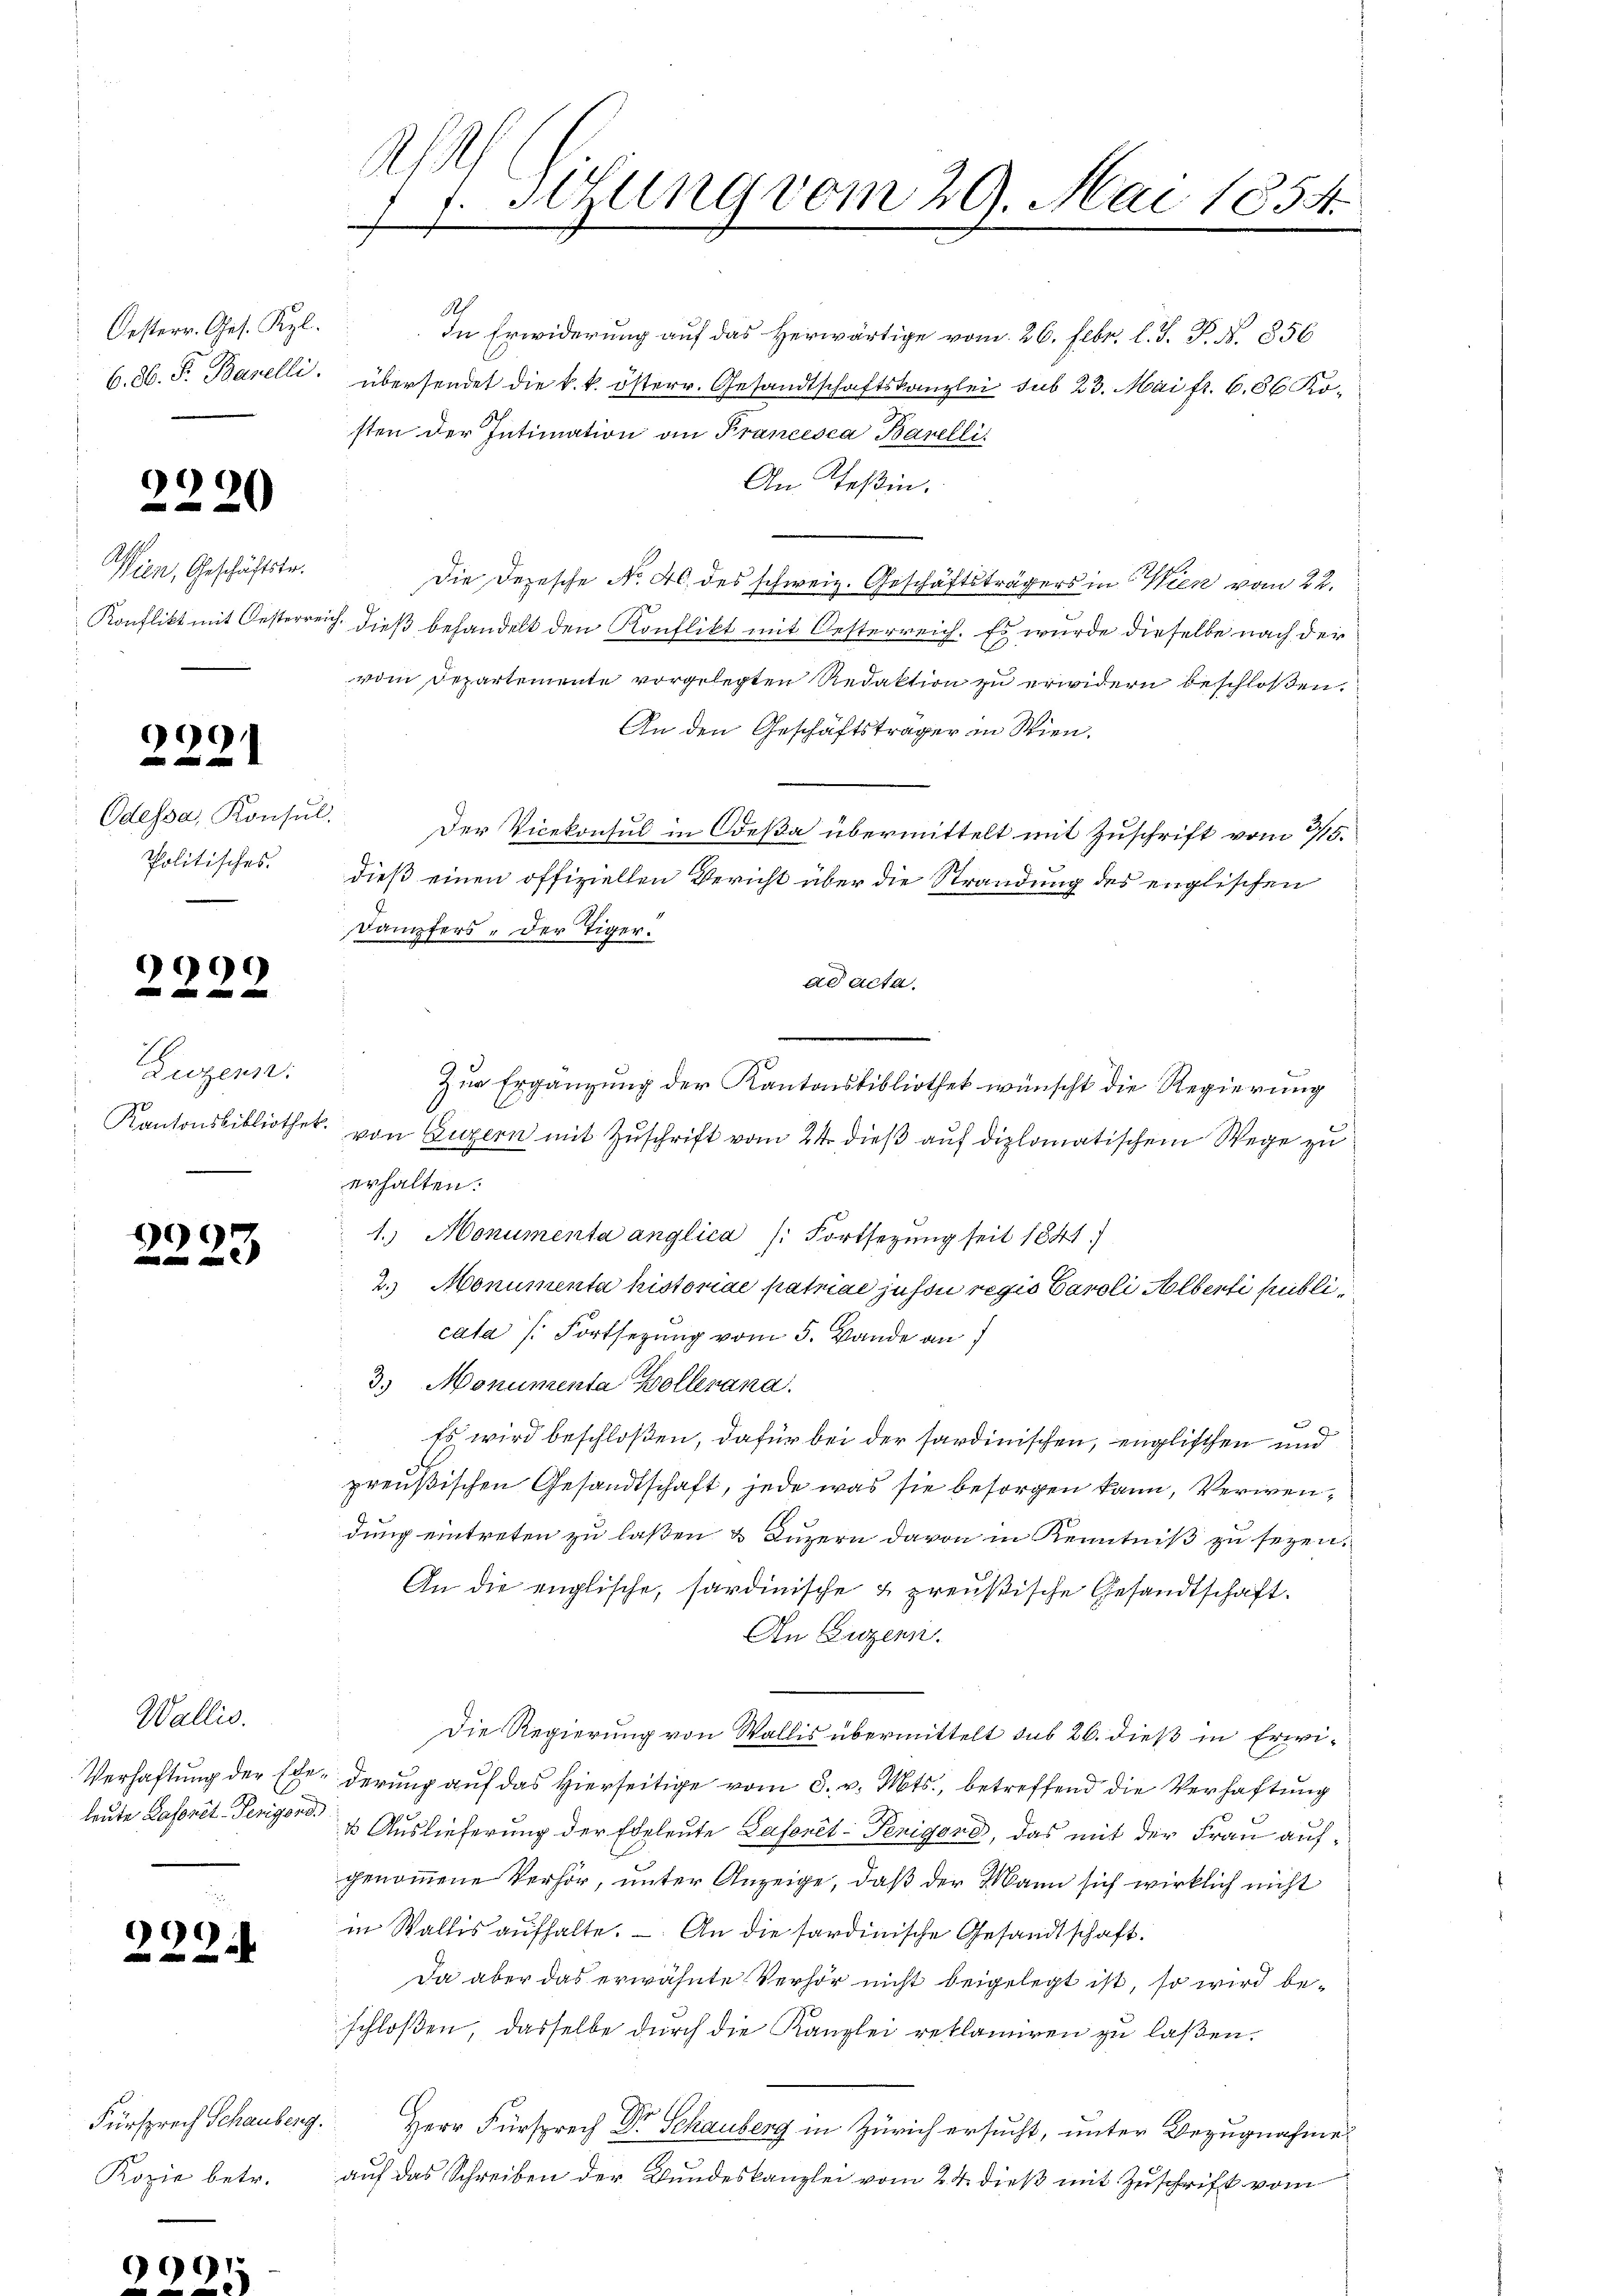
Oesterr. Ges. Kgl.
6. 86. Fr. Barelli.

2220
¬

Wien, Geschäftste

999

Odessa, Konsul
Politisches.

9990

Zuzern:
Kantonsbibliothek.

699

Wallis.

99

Fürsprech Schauberg.
Kopie betr.

9991

Ah
77. Stung vom 29. Mai 1854.

Ah
In Erwiderung auf das Herwärtige vom 26. Febr. l. J. P. N. 856
übersendet die k. k. österr. Gesandtschaftskanzlei sub 23. Mai fr. 686 Kosten der Intimation an Francesca Barelli
An Teßin.
Die Depesche No. 40 des schweiz. Geschäftsträgers in Wien vom 22.
Konflikt mit Oesterreich dieß behandelt den Konflikt mit Oesterreich. Es wurde dieselbe nach der
vom Departemente vorgelegten Redaktion zu erwidern beschlossen.
An den Geschäftsträger in Wien.
Der Vicekonsul in Odeßa übermittelt mit Zuschrift vom 275.
dieß einen offiziellen Bericht über die Strandung des englischen
Dampfers der Tiger.
ad acta.
Zur Ergänzung der Kantonsbibliothek wünscht die Regierung
von Luzern mit Zuschrift vom 24. dieß auf diplomatischem Wege zu
erhalten.
1.) Monumenta anglica /: Fortsezung seit 1841)
2.) Monumenta historiae patriae juson regio Caroli Alberti publicata (Fortsezung vom 5. Wande an
3. Monumenta Bollerana.
Es wird beschloßen, dafür bei der sardinischen, englischen und
preußischen Gesandtschaft, jede was sie besorgen kann, Verwendung eintreten zu laßen & Luzern davon in Kenntniß zu sezen.
An die englische, sardinische & preußische Gesandtschaft.
An Luzern.
Die Regierung von Wallis übermittelt sub 26. dieß in Erwi¬
Verhaftung der Ehederung auf das Hierseitige vom 8. v. Mts., betreffend die Verhaftung
leute Laseret. Seniore Auslieferung der Eheleute Gasonel-Penigend, das mit der Frau aufgenommene Verhör, unter Anzeige, daß der Mann sich wirklich nicht
in Wallis aŭfhalte. An die sardinische Gesandtschaft.
Da aber das erwähnte Verhör nicht beigelegt ist, so wird beschloßen, dasselbe durch die Kanzlei reklamiren zu laßen.
Herr Fürsprech Dr Schauberg in Zürich ersucht, unter Bezugnahme
auf das Schreiben der Bundeskanzlei vom 24. dieß mit Zuschrift vom